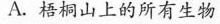
A.梧桐山上的所有生物